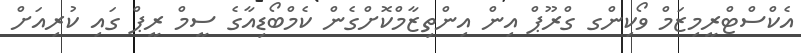
އެކްސްޓްރީމިޒަމް ވޯކިންގ ގްރޫޕް އިން އިންތިޒާމްކޮށްގެން ކެމްބޯޑިއާގެ ސީމް ރީޕް ގައި ކުރިއަށް